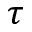
\tau